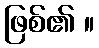
ဖြစ်၏ ။